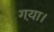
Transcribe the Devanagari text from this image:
गया़।